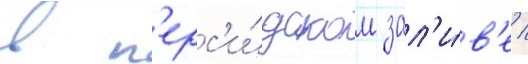
в п'ерс'и́дском зал'и́в'е /